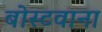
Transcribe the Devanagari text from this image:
बोस्टवाना